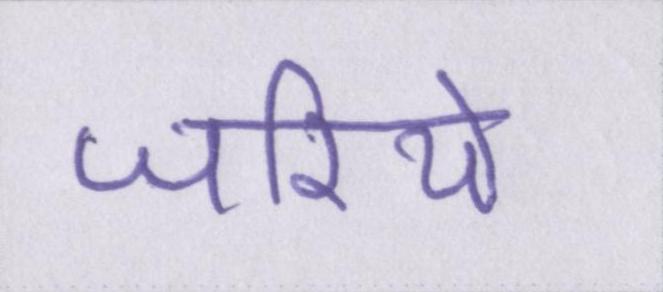
जरिये